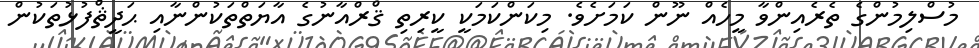
މުސްލިމުންގެ ތެރެއިންވާ މީހެއް ނޫން ކަމަށެވެ. މިކަންކަމަކީ ކީރިތި ޤްރްއާނުގެ އާޔަތްތަކުންނާއި ޙަދީޘްފުޅުތަކުން